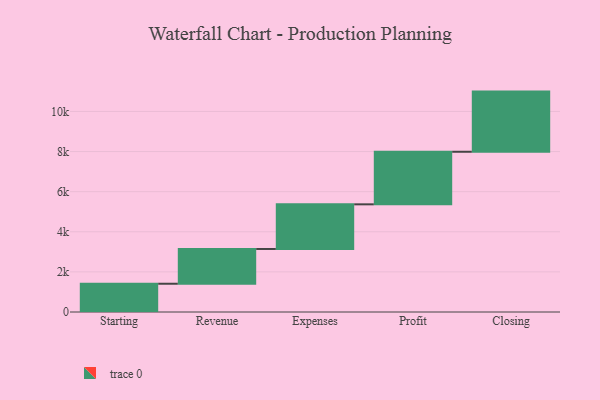
{"axis": {"x": "Step", "y": "Value"}, "legend": [""], "data": [{"x": "Starting", "y": 1409.0, "type": ""}, {"x": "Revenue", "y": 1734.0, "type": ""}, {"x": "Expenses", "y": 2226.0, "type": ""}, {"x": "Profit", "y": 2621.0, "type": ""}, {"x": "Closing", "y": 3000, "type": ""}]}